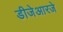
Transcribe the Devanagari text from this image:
डीजेआरजे